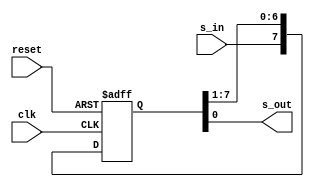

module shift_reg
#(parameter N=8)
(
input wire clk,reset,
input wire s_in,
output wire s_out
);
reg [N-1:0] r_reg;
wire [N-1:0] r_next;
always @(posedge clk,posedge reset)
	if(reset)
		r_reg <=0;
	else
		r_reg <= r_next;	
assign r_next = {s_in,r_reg[N-1:1]};
assign s_out = r_reg[0];
endmodule